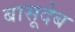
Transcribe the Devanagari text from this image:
बासूदेब